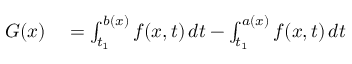
\begin{array} { r l } { G ( x ) } & { { } = \int _ { t _ { 1 } } ^ { b ( x ) } f ( x , t ) \, d t - \int _ { t _ { 1 } } ^ { a ( x ) } f ( x , t ) \, d t } \end{array}